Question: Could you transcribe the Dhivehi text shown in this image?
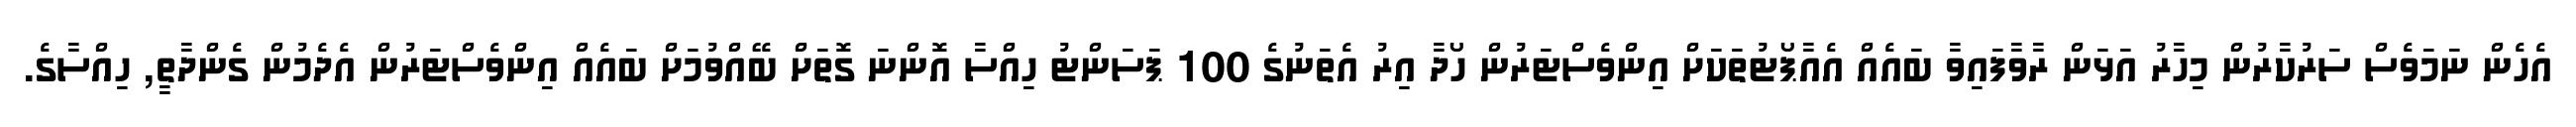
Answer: އެހެން ނަމަވެސް ސަރުކާރުން މިހާރު އަޅަން ރާވާފައިވާ ބައެއް އެއާޕޯޓުތަކަށް އިންވެސްޓަރުން ހޯދާ އިރު އެތަނުގެ 100 ޕަސަންޓު ހިއްސާ އޮންނަ ގޮތަށް ބޭއްވުމަށް ބައެއް އިންވެސްޓަރުން އެދެމުން ގެންދާތީ, ހިއްސާގެ.